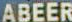
ABEER